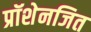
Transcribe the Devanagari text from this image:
प्रॉशेनजित